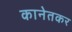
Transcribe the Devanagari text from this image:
कानेतकर